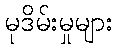
မုဒိမ်းမှုများ